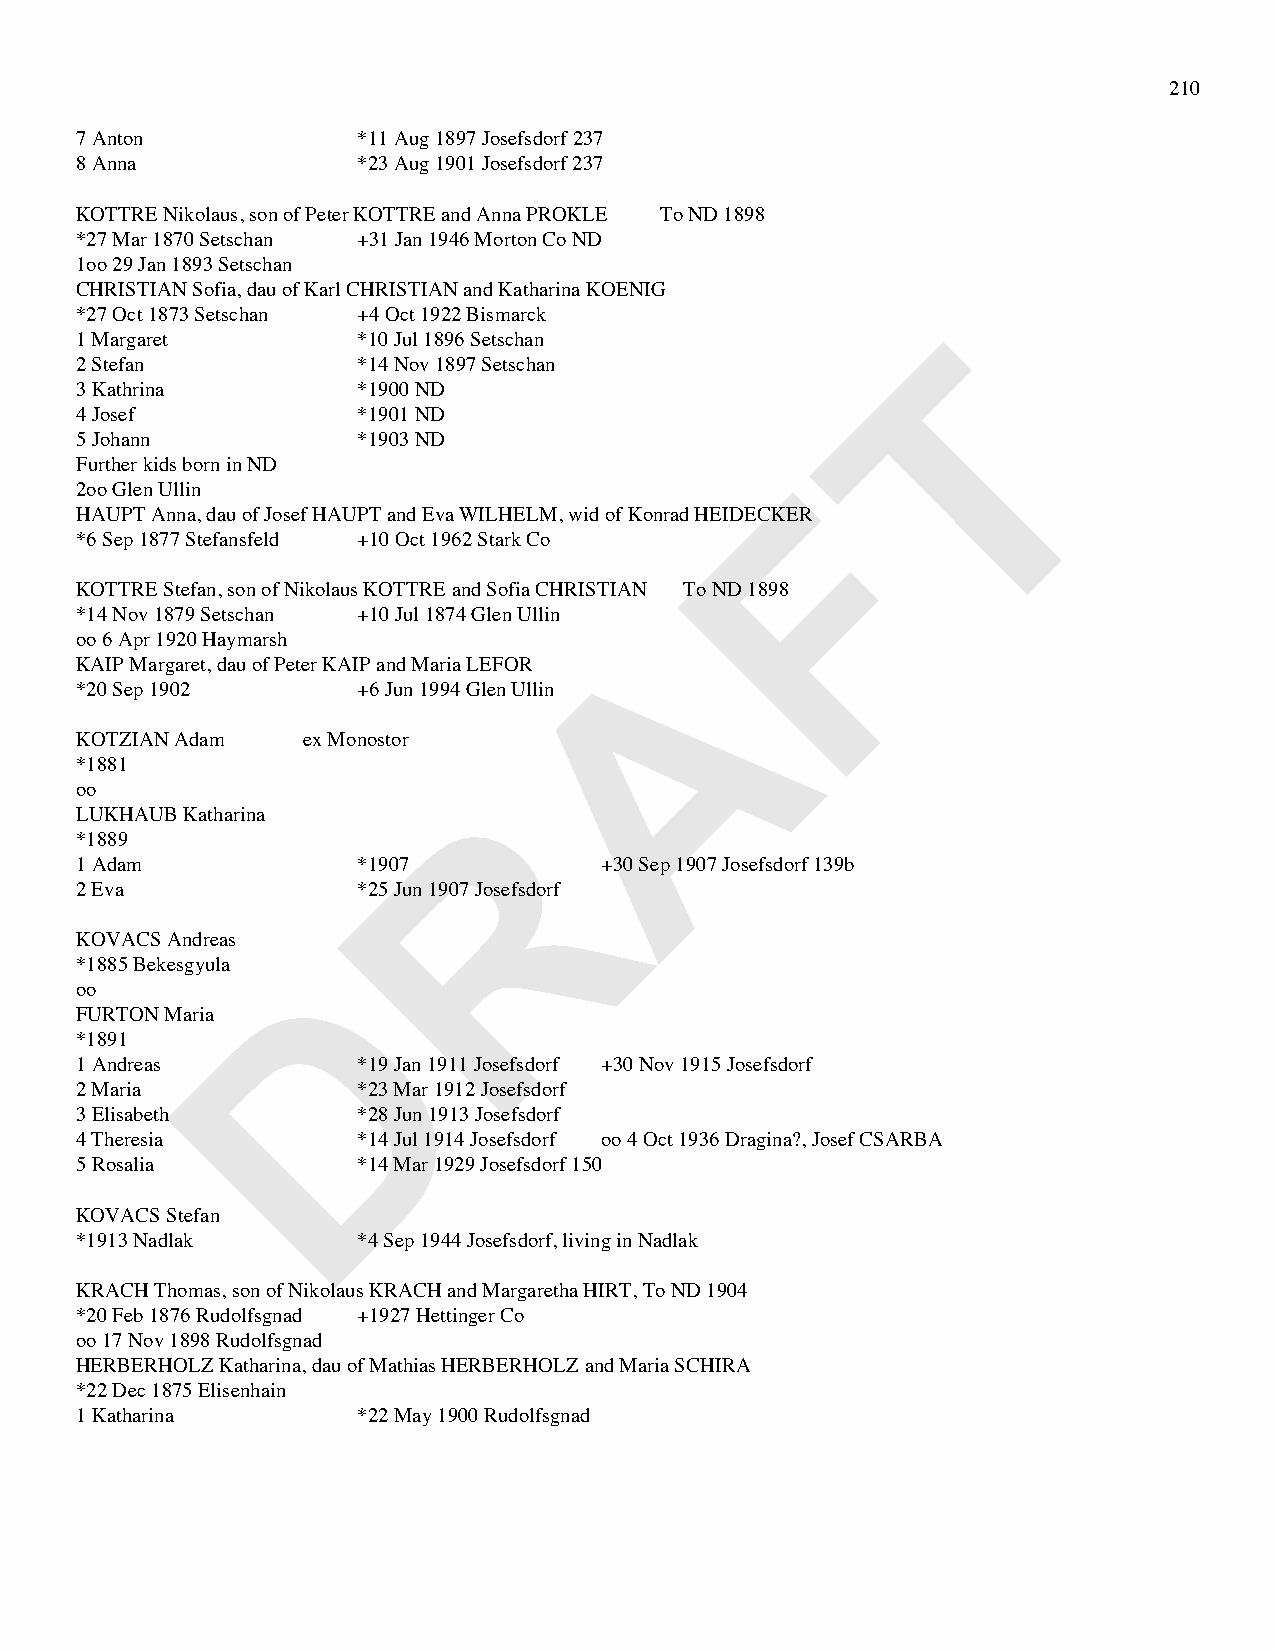
210
 7 Anton            *11 Aug 1897 Josefsdorf 237
 8 Anna             *23 Aug 1901 Josefsdorf 237
 KOTTRE Nikolaus, son of Peter KOTTRE and Anna PROKLE To ND 1898
 *27 Mar 1870 Setschan +31 Jan 1946 Morton Co ND
 1oo 29 Jan 1893 Setschan
 CHRISTIAN Sofia, dau of Karl CHRISTIAN and Katharina KOENIG
 *27 Oct 1873 Setschan +4 Oct 1922 Bismarck
 T
 1 Margaret         *10 Jul 1896 Setschan
 2 Stefan           *14 Nov 1897 Setschan
 3 Kathrina         *1900 ND
 4 Josef            *1901 ND
 5 Johann           *1903 ND
 Further kids born in ND                        F
 2oo Glen Ullin
 HAUPT Anna, dau of Josef HAUPT and Eva WILHELM, wid of Konrad HEIDECKER
 *6 Sep 1877 Stefansfeld +10 Oct 1962 Stark Co
 KOTTRE Stefan, son of Nikolaus KOTTRE and Sofia CHRISTIAN To ND 1898
 *14 Nov 1879 Setschan +10 Jul 1874 Glen Ullin A
 oo 6 Apr 1920 Haymarsh
 KAIP Margaret, dau of Peter KAIP and Maria LEFOR
 *20 Sep 1902       +6 Jun 1994 Glen Ullin
 KOTZIAN Adam   ex Monostor
 *1881
 R
 oo
 LUKHAUB Katharina
 *1889
 1 Adam             *1907           +30 Sep 1907 Josefsdorf 139b
 2 Eva              *25 Jun 1907 Josefsdorf
 KOVACS Andreas
 D
 *1885 Bekesgyula
 oo
 FURTON Maria
 *1891
 1 Andreas          *19 Jan 1911 Josefsdorf +30 Nov 1915 Josefsdorf
 2 Maria            *23 Mar 1912 Josefsdorf
 3 Elisabeth        *28 Jun 1913 Josefsdorf
 4 Theresia         *14 Jul 1914 Josefsdorf oo 4 Oct 1936 Dragina?, Josef CSARBA
 5 Rosalia          *14 Mar 1929 Josefsdorf 150
 KOVACS Stefan
 *1913 Nadlak       *4 Sep 1944 Josefsdorf, living in Nadlak
 KRACH Thomas, son of Nikolaus KRACH and Margaretha HIRT, To ND 1904
 *20 Feb 1876 Rudolfsgnad +1927 Hettinger Co
 oo 17 Nov 1898 Rudolfsgnad
 HERBERHOLZ Katharina, dau of Mathias HERBERHOLZ and Maria SCHIRA
 *22 Dec 1875 Elisenhain
 1 Katharina        *22 May 1900 Rudolfsgnad